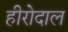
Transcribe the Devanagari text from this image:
हीरोदाल